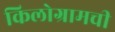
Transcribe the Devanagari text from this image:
किलोग्रामची